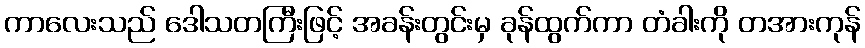
ကာလေးသည် ဒေါသတကြီးဖြင့် အခန်းတွင်းမှ ခုန်ထွက်ကာ တံခါးကို တအားကုန်